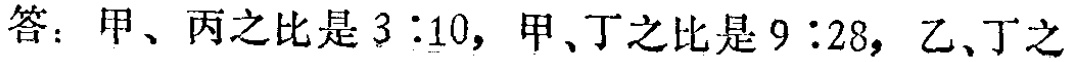
答：甲、丙之比是\(3:10\)，甲、丁之比是\(9:28\)，乙、丁之